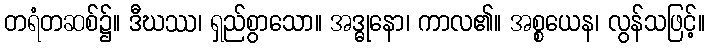
တရံတဆစ်၌။ ဒီဃဿ၊ ရှည်စွာသော။ အဒ္ဓုနော၊ ကာလ၏။ အစ္စယေန၊ လွန်သဖြင့်။